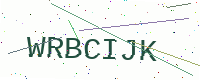
Text: WRBCIJK